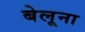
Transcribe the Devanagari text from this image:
बेलूना